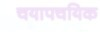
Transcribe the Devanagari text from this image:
चयापचयिक